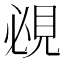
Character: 覕